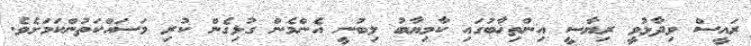
ރައީސް ވިދާޅުވީ ރިޔާސީ އިންތިޚާބުގައި ކާމިޔާބު ލިބުނީ އެންމެން ގުޅިގެން ކުރި މަސައްކަތުންކަމަށެވެ.